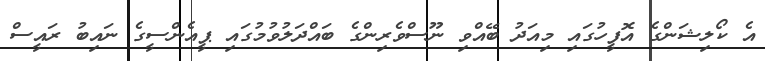
އެ ކޯލިޝަންގެ އޮފީހުގައި މިއަދު ބޭއްވި ނޫސްވެރިންގެ ބައްދަލުވުމުގައި ޕީއެންސީގެ ނައިބު ރައީސް